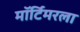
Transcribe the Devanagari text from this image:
मॉर्टिमरला